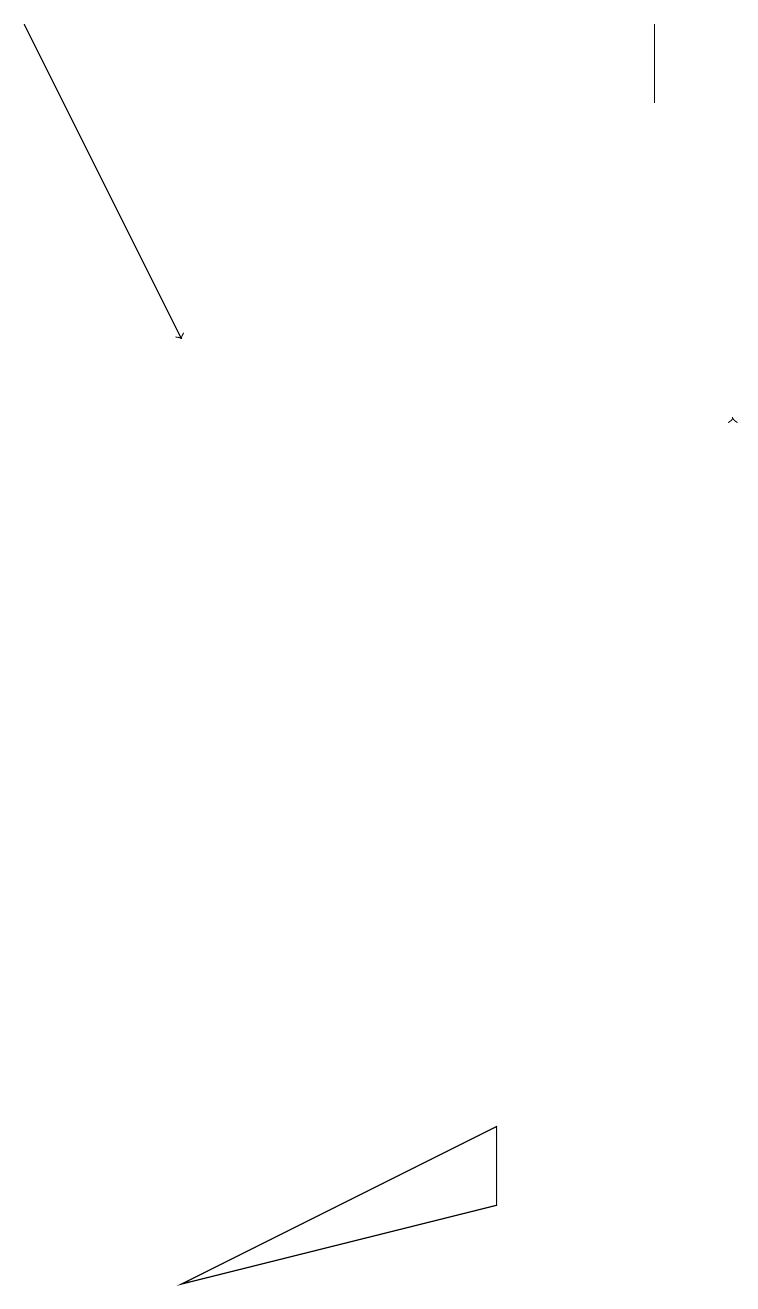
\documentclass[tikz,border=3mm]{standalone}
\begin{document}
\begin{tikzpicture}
\draw[->] (0,16) -- (2,12);
\draw (6,2) -- (2,0) -- (6,1) -- cycle;
\draw[->] (9,11) -- (9,11);
\draw (8,15) rectangle (8,16);
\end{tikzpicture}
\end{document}